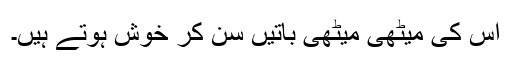
اس کی میٹھی میٹھی باتیں سن کر خوش ہوتے ہیں۔